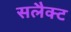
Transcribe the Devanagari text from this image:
सलैक्ट